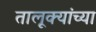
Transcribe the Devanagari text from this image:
तालूक्यांच्या